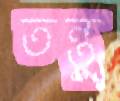
তন্তু